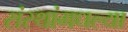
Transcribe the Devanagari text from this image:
संस्थांमधल्या